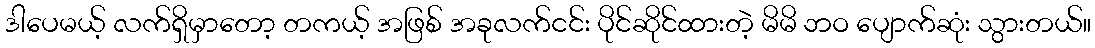
ဒါပေမယ့် လက်ရှိမှာတော့ တကယ့် အဖြစ် အခုလက်ငင်း ပိုင်ဆိုင်ထားတဲ့ မိမိ ဘဝ ပျောက်ဆုံး သွားတယ်။